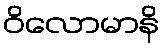
ဝိလောမာနိ